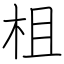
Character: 柤